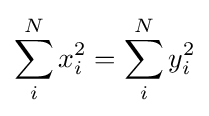
\sum _{i}^{N}x_{i}^{2}=\sum _{i}^{N}y_{i}^{2}